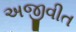
અજીવીત